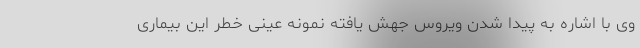
وی با اشاره به پیدا شدن ویروس جهش یافته نمونه عینی خطر این بیماری